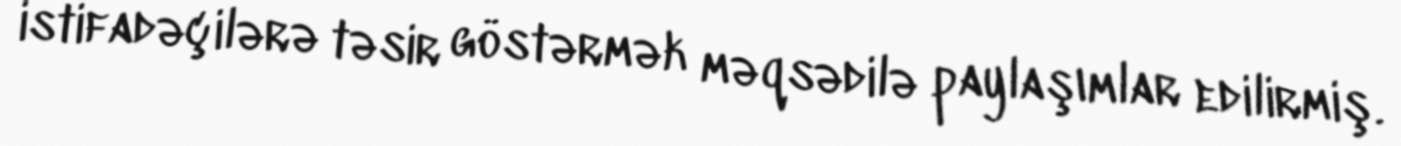
istifadəçilərə təsir göstərmək məqsədilə paylaşımlar edilirmiş.